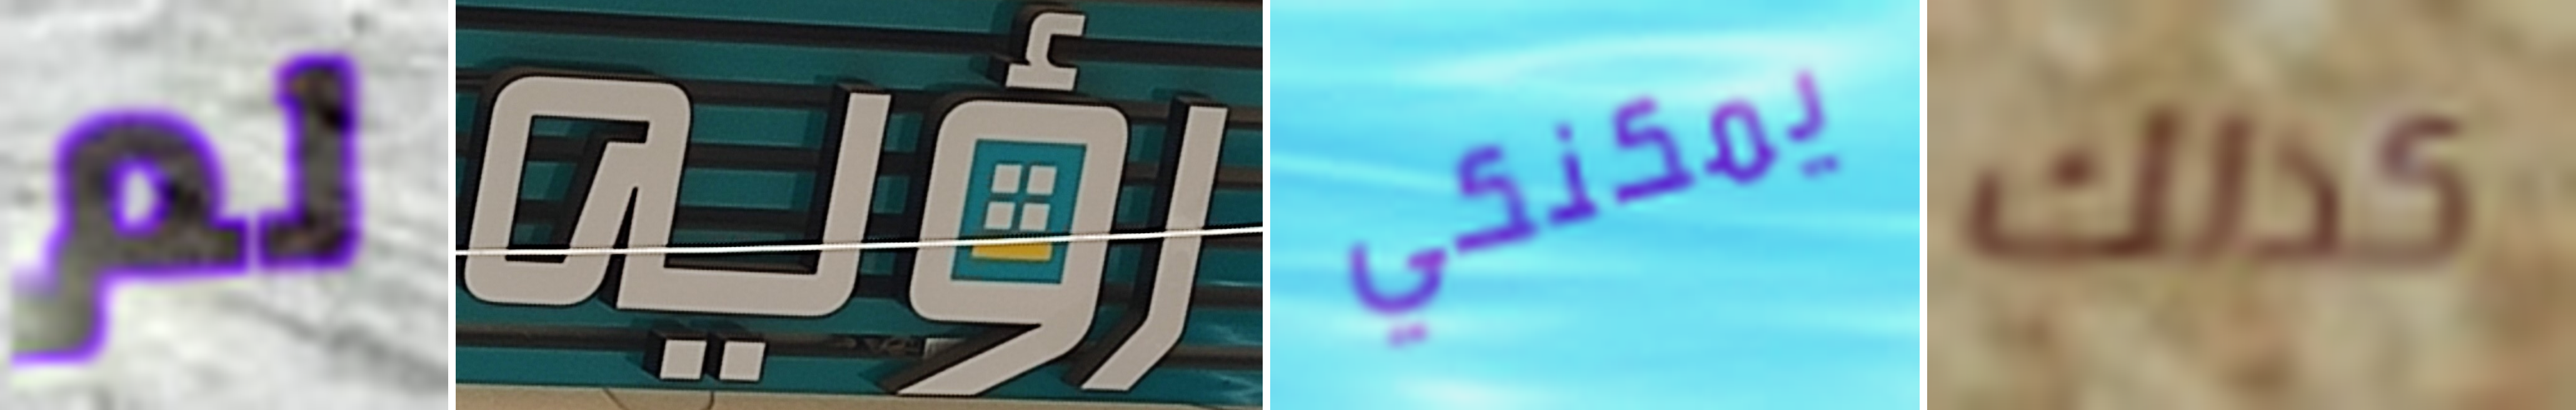
لم رؤيه يمكنكي كذلك